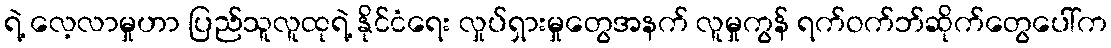
ရဲ့ လေ့လာမှုဟာ ပြည်သူလူထုရဲ့ နိုင်ငံရေး လှုပ်ရှားမှုတွေအနက် လူမှုကွန် ရက်ဝက်ဘ်ဆိုက်တွေပေါ်က